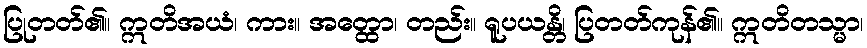
ပြုတတ်၏။ ဣတိအယံ၊ ကား။ အတ္ထော၊ တည်း။ ရူပယန္တိ၊ ပြတတ်ကုန်၏။ ဣတိတသ္မာ၊